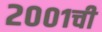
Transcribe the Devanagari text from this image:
२००१ची